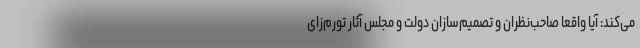
می‌کند: آیا واقعا صاحب‌نظران و تصمیم‌سازان دولت و مجلس آثار تورم‌زای